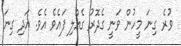
ވުރެ ގިނަ މީހުން ވަނީ ގެދޮރު ގެއްލި ފައެވެ އެވެ. އަދި ގިނަ